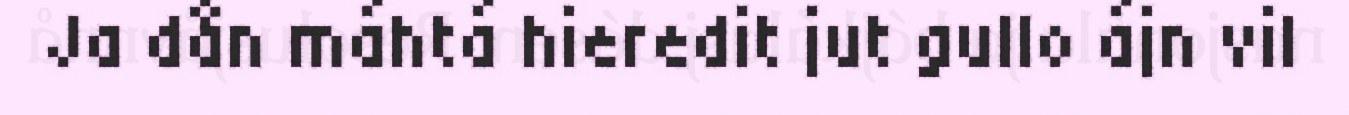
Ja dån máhtá hieredit jut gullo ájn vil